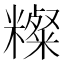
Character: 𥽆